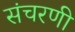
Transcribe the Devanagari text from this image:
संचरणी